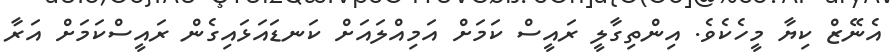
އެނޭޒް ކިޔާ މީހެކެވެ. އިންތިގާލީ ރައީސް ކަމަށް އަމިއްލައަށް ކަނޑައަޅައިގެން ރައީސްކަމަށް އަރާ